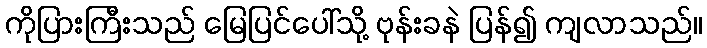
ကိုပြားကြီးသည် မြေပြင်ပေါ်သို့ ဗုန်းခနဲ ပြန်၍ ကျလာသည်။